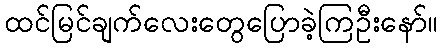
ထင်မြင်ချက်လေးတွေပြောခဲ့ကြဦးနော်။